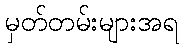
မှတ်တမ်းများအရ